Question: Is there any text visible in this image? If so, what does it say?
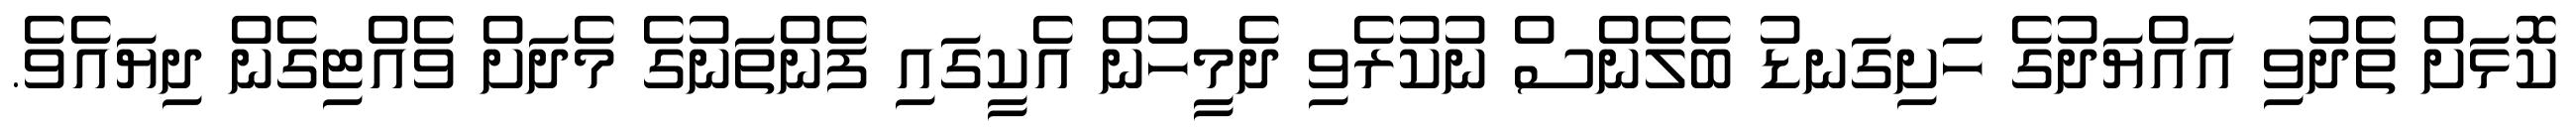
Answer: ކޮޅަށް ތެދުވި އައްޔަދުގެ ހަށިގަނޑު ބެލެންސް ނުކުރެވި ދެމީހުން އެކީގައި ފެންތަނުގެ މެދަށް ވެއްޓިގެން ދިޔައެވެ.